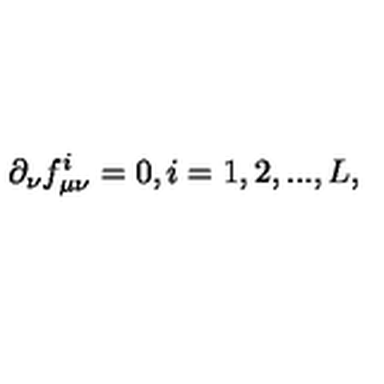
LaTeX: \partial _ { \nu } f _ { \mu \nu } ^ { i } = 0 , i = 1 , 2 , . . . , L ,